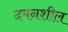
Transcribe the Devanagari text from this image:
दमनशील